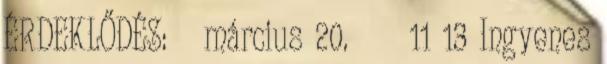
ÉRDEKLŐDÉS: március 20. 11 13 Ingyenes